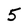
Character: 5